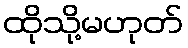
ထိုသို့မဟုတ်